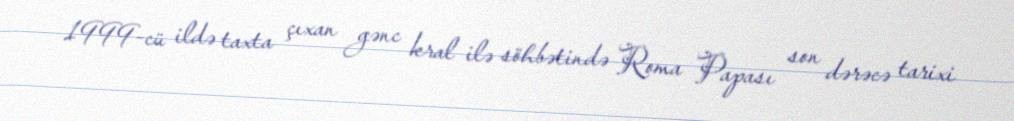
1999-cü ildə taxta çıxan gənc kral ilə söhbətində Roma Papası son dərəcə tarixi